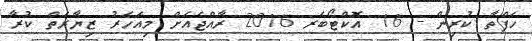
ހަފްތާ ކުރިން - 16 އޮކްޓޯބަރ 2016 ރާއްޖެއަށް މިއަހަރު ޒިޔާރަތް ކުރާ